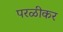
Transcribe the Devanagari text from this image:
परळीकर